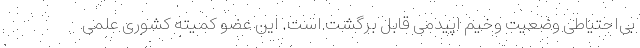
بی‌احتیاطی وضعیت وخیم اپیدمی قابل برگشت است. این عضو کمیته کشوری علمی